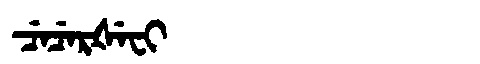
Manchu: ᠴᡝᠴᡝᡵᡧᡝᠸᡳ
Romanization: CECERŠEFI